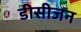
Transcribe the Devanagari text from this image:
डीसीजन